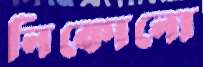
নিকোনো